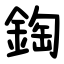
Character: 鋾